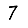
Digit: 7